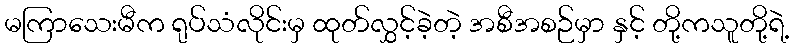
မကြာသေးမီက ရုပ်သံလိုင်းမှ ထုတ်လွှင့်ခဲ့တဲ့ အစီအစဉ်မှာ နှင့် တို့ကသူတို့ရဲ့